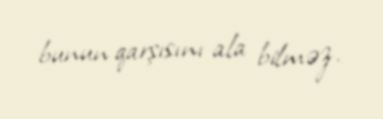
bunun qarşısını ala bilməz.